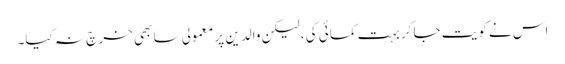
اس نے کویت جا کر بہت کمائی کی ، لیکن والدین پر معمولی سا بھی خر چ نہ کیا۔